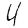
Digit: 4